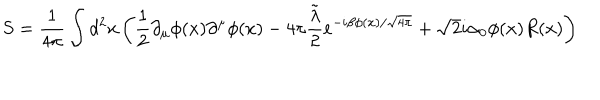
S = \frac { 1 } { 4 \pi } \int d ^ { 2 } x \left( \frac { 1 } { 2 } \partial _ { \mu } \phi ( x ) \partial ^ { \mu } \phi ( x ) - 4 \pi \frac { \tilde { \lambda } } { 2 } e ^ { - i \beta \phi ( x ) / \sqrt { 4 \pi } } + \sqrt { 2 } i \alpha _ { 0 } \phi ( x ) R ( x ) \right)